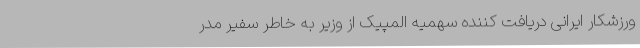
ورزشکار ایرانی دریافت کننده سهمیه المپیک از وزیر به خاطر سفیر مدر